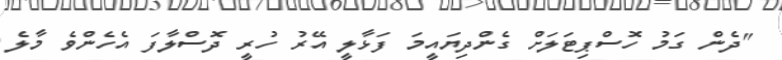
"ދެން ގަމު ހޮސްޕިޓަލަށް ގެންދިޔައީމަ ފަޅާލީ އޭރު ހުރީ ދޮސްލާފަ އެހެންވެ މާލެ